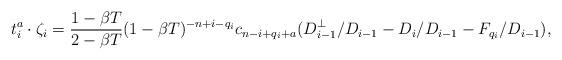
LaTeX: \begin{align*} t_i^a \cdot \zeta_i = \frac{1-\beta T}{2-\beta T}(1-\beta T)^{-n+i-q_i}c_{n-i+q_i+a}(D_{i-1}^\perp/D_{i-1} - D_i/D_{i-1} - F_{q_i}/D_{i-1}),\end{align*}